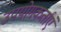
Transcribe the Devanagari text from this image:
उपयोगकर्ताएं